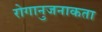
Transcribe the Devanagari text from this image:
रोगानुजनाकता